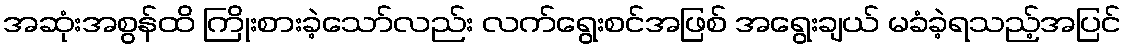
အဆုံးအစွန်ထိ ကြိုးစားခဲ့သော်လည်း လက်ရွေးစင်အဖြစ် အရွေးချယ် မခံခဲ့ရသည့်အပြင်